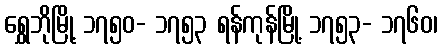
ရွှေဘိုမြို့ ၁၇၅၀- ၁၇၅၃ ရန်ကုန်မြို့ ၁၇၅၃- ၁၇၆၀၊